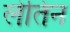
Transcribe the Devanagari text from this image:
लेतिन